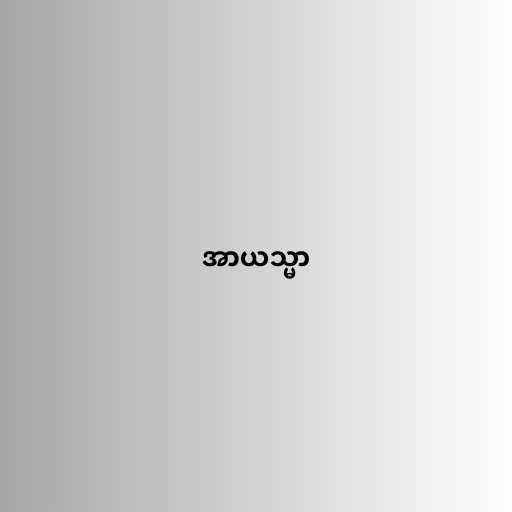
အာယသ္မာ